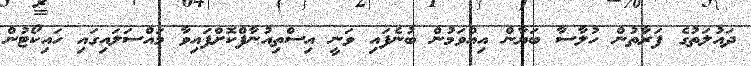
ދައުލަތުގެ ފަރާތުން ހުލާސާ ބަޔާން އިއްވަމުން ބުނެފައި ވަނީ އިސްތިއުނާފްކޮށްފައިވާ މައްސަލައިގައި ހައިކޯޓުން